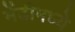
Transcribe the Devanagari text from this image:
मेंढीमध्ये